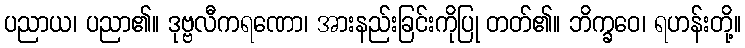
ပညာယ၊ ပညာ၏။ ဒုဗ္ဗလီကရဏော၊ အားနည်းခြင်းကိုပြု တတ်၏။ ဘိက္ခဝေ၊ ရဟန်းတို့။